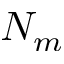
N _ { m }